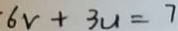
6 V + 3 u = 7